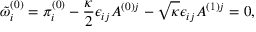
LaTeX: \tilde { \omega } _ { i } ^ { ( 0 ) } = \pi _ { i } ^ { ( 0 ) } - \frac { \kappa } { 2 } \epsilon _ { i j } A ^ { ( 0 ) j } - \sqrt { \kappa } \epsilon _ { i j } A ^ { ( 1 ) j } = 0 ,